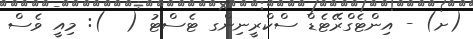
(ށ) - އިންޓެގްރޭޓެޑް ސްކްރީނިންގ ޓެސްޓު (  ): މިއީ ވެސް